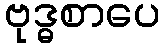
ဗုဒ္ဓစာပေ